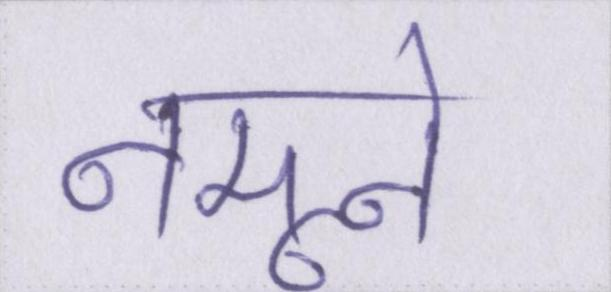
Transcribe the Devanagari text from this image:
नमूने